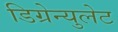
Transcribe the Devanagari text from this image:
डिग्रेन्युलेट